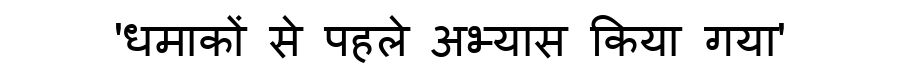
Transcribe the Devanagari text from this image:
'धमाकों से पहले अभ्यास किया गया'